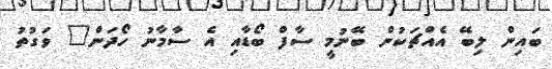
ބައިން ލިބޭ އެއްޗަކުން ބޭނުމީ ސާފް ބޯޑާއި އެ ސާމާނު ހޯދަން" ވަގުތު